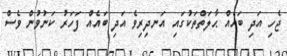
ޖެހި އަދި ބައެއް ޙާލަތްތަކުގައި އަނދިރިވެ އަދި ބައެއް ފަހަރު ކަނުވުން ވެސް